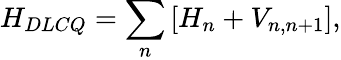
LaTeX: H_{DLCQ}=\sum_{n}\left[H_{n}+V_{n,n+1}\right],